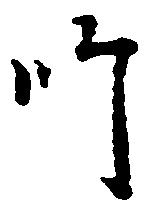
師